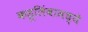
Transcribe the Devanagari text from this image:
कडूलिंबामध्ये